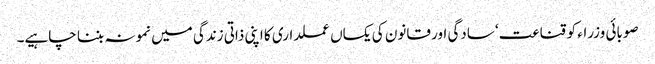
صوبائی وزراء کو قناعت‘ سادگی اور قانون کی یکساں عملداری کا اپنی ذاتی زندگی میں نمونہ بننا چاہیے۔